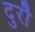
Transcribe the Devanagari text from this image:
दुरौ